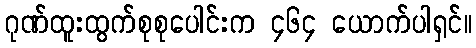
ဂုဏ်ထူးထွက်စုစုပေါင်းက ၄၆၄ ယောက်ပါရှင်။